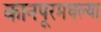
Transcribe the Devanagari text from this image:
कानपूरमधल्या